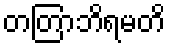
တတြာဘိရမတိ